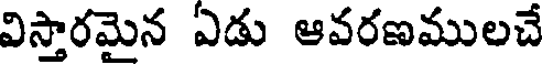
విస్తారమైన ఏడు ఆవరణములచే